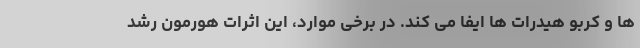
ها و کربو هیدرات ها ایفا می کند. در برخی موارد، این اثرات هورمون رشد